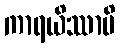
ကာရယိဿာမိ